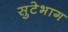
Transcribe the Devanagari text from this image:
सुटेभाग